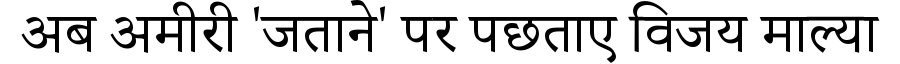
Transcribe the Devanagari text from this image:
अब अमीरी 'जताने' पर पछताए विजय माल्या